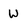
Character: w